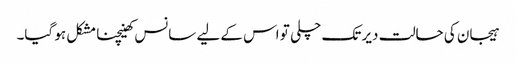
ہیجان کی حالت دیر تک چلی تو اس کے لیے سانس کھینچنا مشکل ہو گیا۔